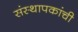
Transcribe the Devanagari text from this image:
संस्थापकांची